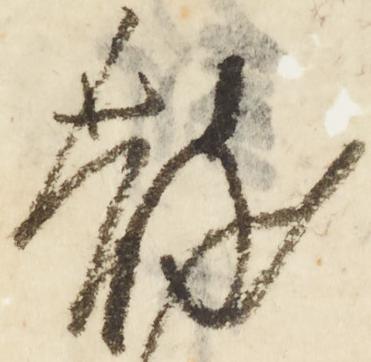
散